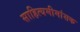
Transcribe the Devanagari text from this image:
साहित्यमीमांसक